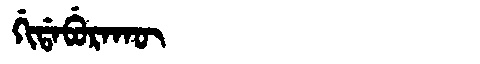
Manchu: ᡤᡳᡩᠠᠪᡠᡵᠠᡴᡡ
Romanization: GIDABURAKŪ